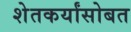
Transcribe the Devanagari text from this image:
शेतकर्यांसोबत